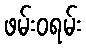
ဖမ်းဝရမ်း